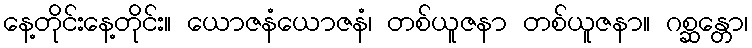
နေ့တိုင်းနေ့တိုင်း။ ယောဇနံယောဇနံ၊ တစ်ယူဇနာ တစ်ယူဇနာ။ ဂစ္ဆန္တော၊